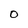
Character: O